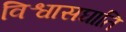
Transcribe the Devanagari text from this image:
विश्वासघाति